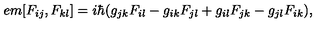
\hspace { 5 e m } [ F _ { i j } , F _ { k l } ] = i \hbar ( g _ { j k } F _ { i l } - g _ { i k } F _ { j l } + g _ { i l } F _ { j k } - g _ { j l } F _ { i k } ) ,